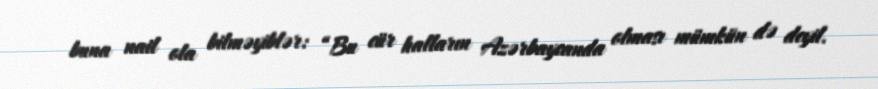
buna nail ola bilməyiblər: “Bu cür halların Azərbaycanda olması mümkün də deyil.